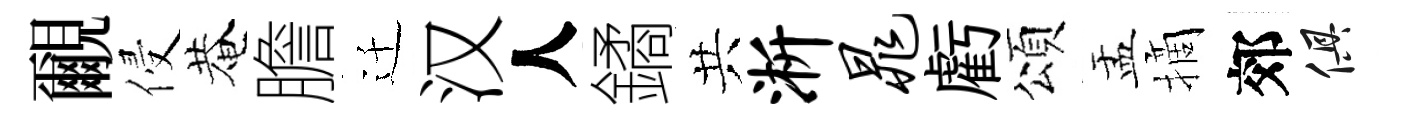
覼侵菴膽迁汉人鐍共淅晁虧頌盂摘郊俱